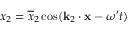
x _ { 2 } = \overline { { x } } _ { 2 } \cos ( \mathbf { k } _ { 2 } \cdot \mathbf { x } - \omega ^ { \prime } t )